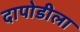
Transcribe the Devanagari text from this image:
दापोडीला